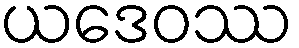
ယဒေဝဿ